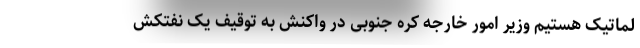
لماتیک هستیم وزیر امور خارجه کره جنوبی در واکنش به توقیف یک نفتکش